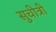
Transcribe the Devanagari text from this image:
सुचीत्री